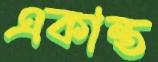
একান্ত